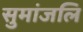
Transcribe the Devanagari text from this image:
सुमांजलि